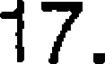
17.